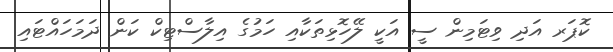
ކޮޕަރ އަދި ވިޓަމިން ސީ އަކީ ލޭހޮޅިތަކާއި ހަމުގެ އިލާސްޓިކް ކަން ދަމަހައްޓައި